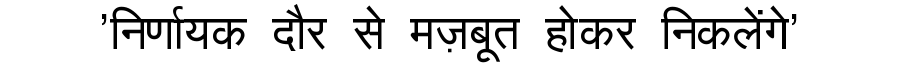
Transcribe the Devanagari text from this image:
'निर्णायक दौर से मज़बूत होकर निकलेंगे'